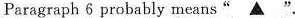
Paragraph 6 probably means"\underline{▲} ".